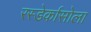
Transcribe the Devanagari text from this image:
रस्डेर्कासोला